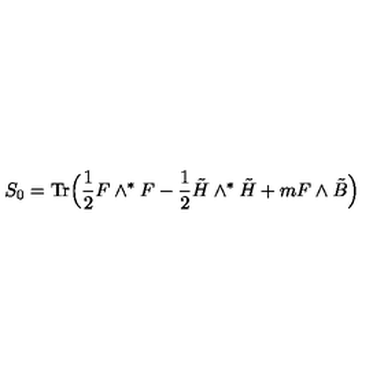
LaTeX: S _ { 0 } = \mathrm { T r } \Bigl ( \frac { 1 } { 2 } F \wedge ^ { \ast } F - \frac { 1 } { 2 } \tilde { H } \wedge ^ { \ast } { \tilde { H } } + m F \wedge \tilde { B } \Bigr )